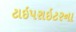
ટાઇપરાઇટરના